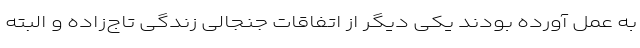
به عمل آورده بودند یکی دیگر از اتفاقات جنجالی زندگی تاج‌زاده و البته